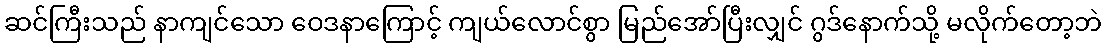
ဆင်ကြီးသည် နာကျင်သော ဝေဒနာကြောင့် ကျယ်လောင်စွာ မြည်အော်ပြီးလျှင် ဂွဒ်နောက်သို့ မလိုက်တော့ဘဲ